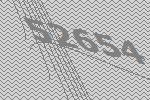
52654